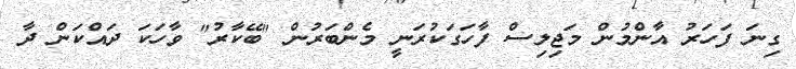
ގިނަ ފަހަރު އާންމުން މަޖިލިސް ފާހަގަކުރަނީ މެންބަރުން "ބޭކާރު" ވާހަކަ ދައްކަން ދާ